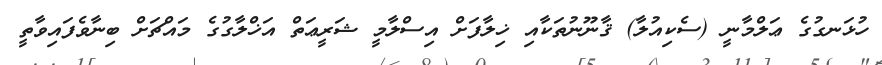
ހުޅަނގުގެ ޢަލްމާނީ (ސެކިއުލާ) ޤާނޫނުތަކާއި ޚިލާފަށް އިސްލާމީ ޝަރީޢަތް އަޚްލާގުގެ މައްޗަށް ބިނާވެފައިވާތީ